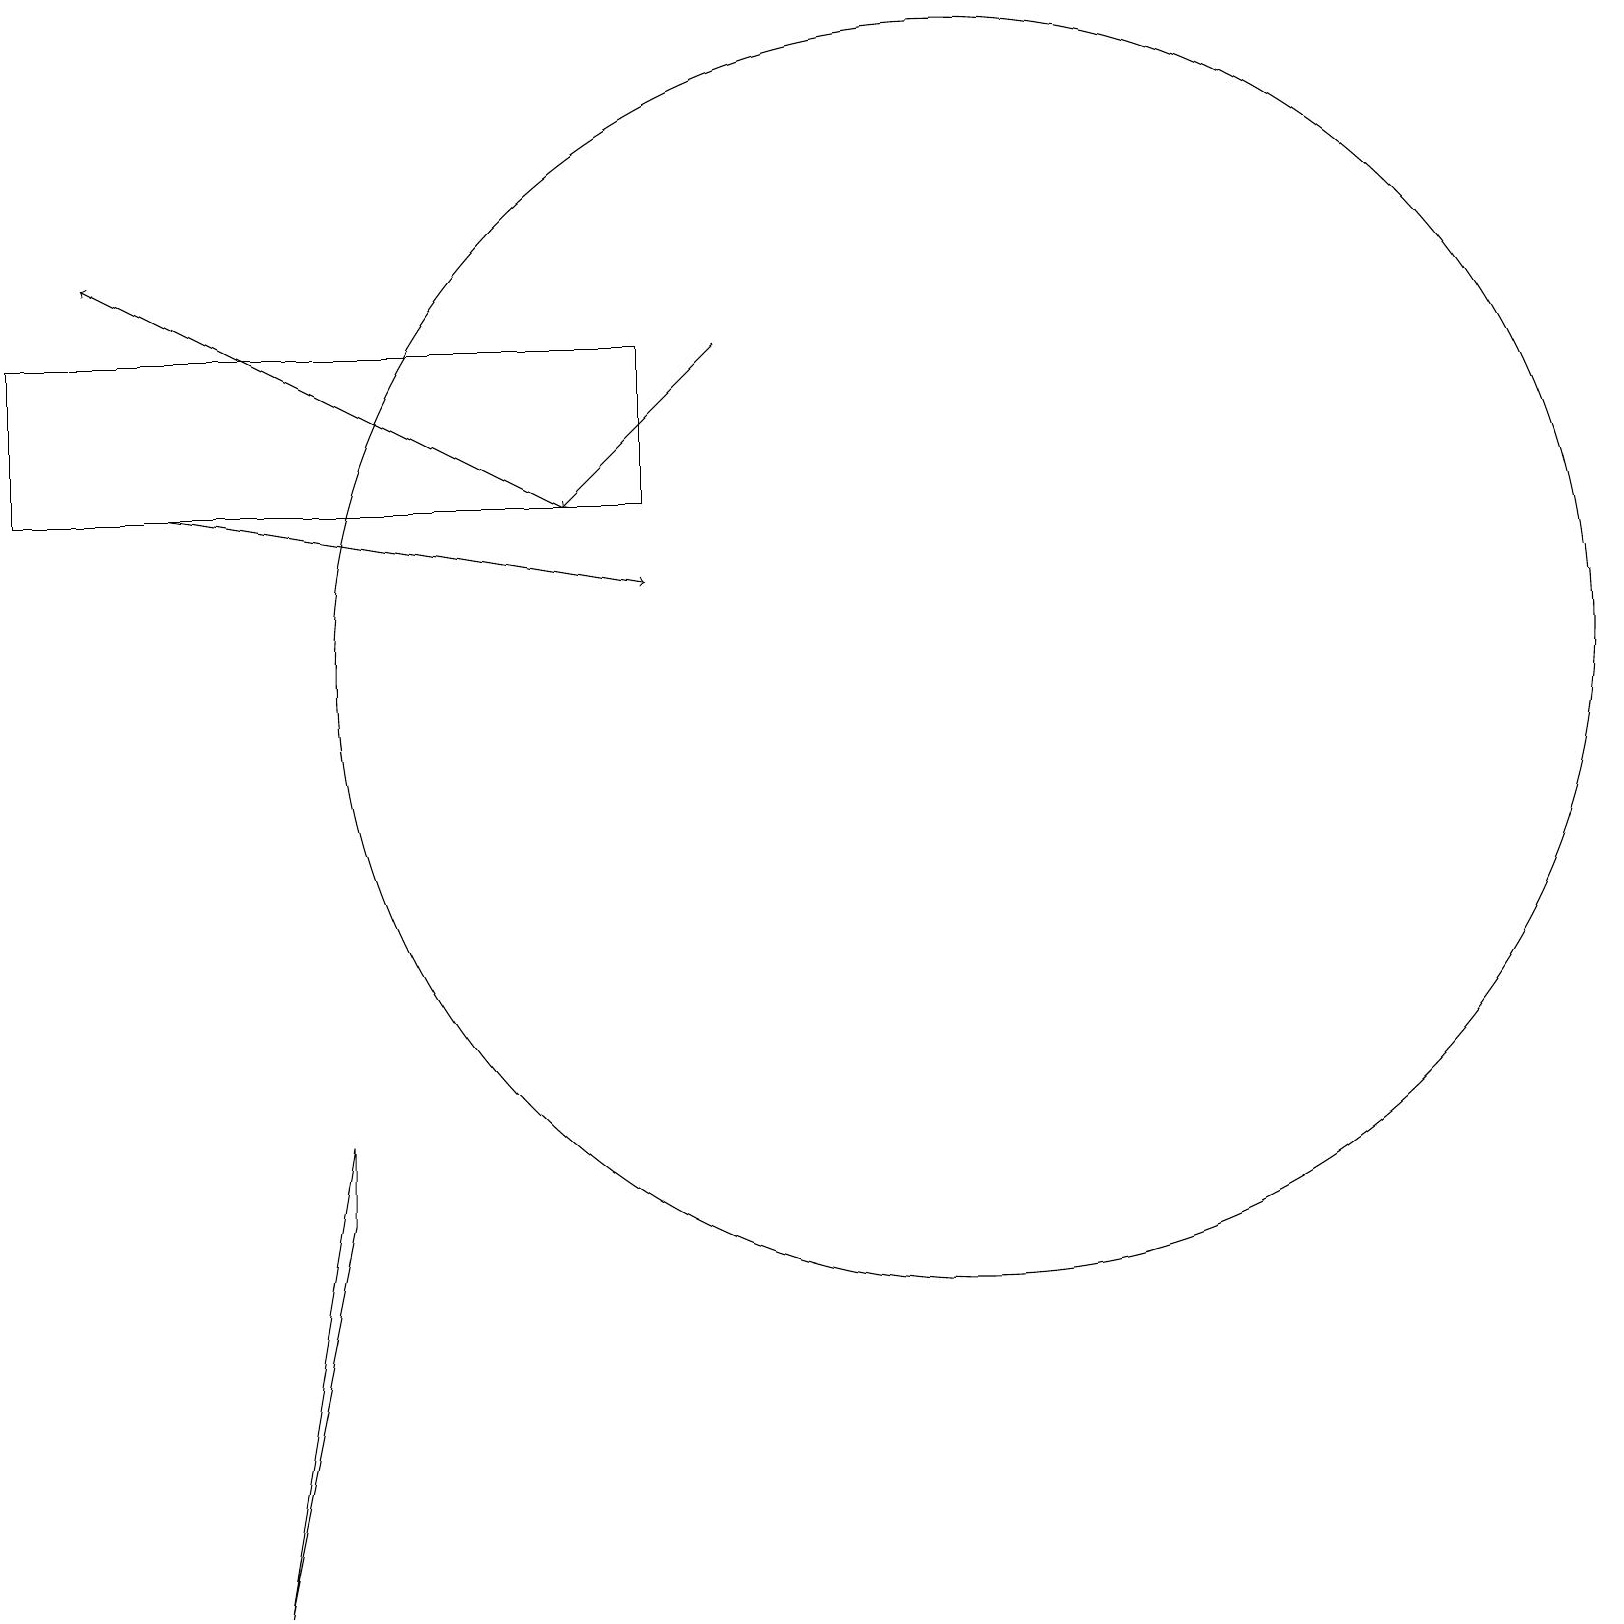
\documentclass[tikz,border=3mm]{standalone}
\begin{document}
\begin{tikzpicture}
\draw (8,14) rectangle (0,16);
\draw (4,5) -- (3,0) -- (4,6) -- cycle;
\draw[->] (9,16) -- (7,14);
\draw[->] (7,14) -- (1,17);
\draw[->] (2,14) -- (8,13);
\draw (12,12) circle (8);
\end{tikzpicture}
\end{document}